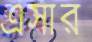
এসার